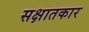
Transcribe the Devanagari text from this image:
सक्षातकार